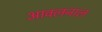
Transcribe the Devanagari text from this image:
आवलनाल